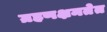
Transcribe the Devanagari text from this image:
ग्रहणक्षमतेत